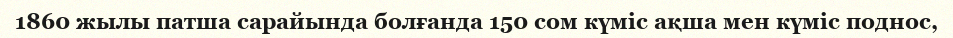
1860 жылы патша сарайында болғанда 150 сом күміс ақша мен күміс поднос,